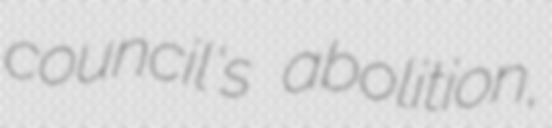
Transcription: council's abolition,